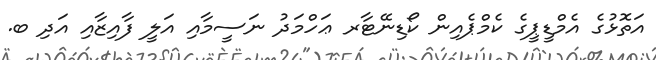
އަތޮޅުގެ އެމްޑީޕީގެ ކެމްޕެއިން ކޯޑިނޭޓާރ ޢަހްމަދު ނަސީމާއި އަލީ ފާއިޒާއި އަދި ބ.